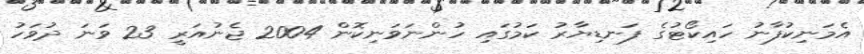
އެމަނިކުފާނު ހައިކޯޓުގެ ފަނޑިޔާރު ކަމުގައި ހުންނަވަނިކޮން 2004 ޖެނުއަރީ 23 ވަނަ ދުވަހު